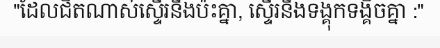
"ដែលជិតណាស់ស្ទើរនឹងប៉ះគ្នា, ស្ទើរនឹងទង្គុកទង្គិចគ្នា :"